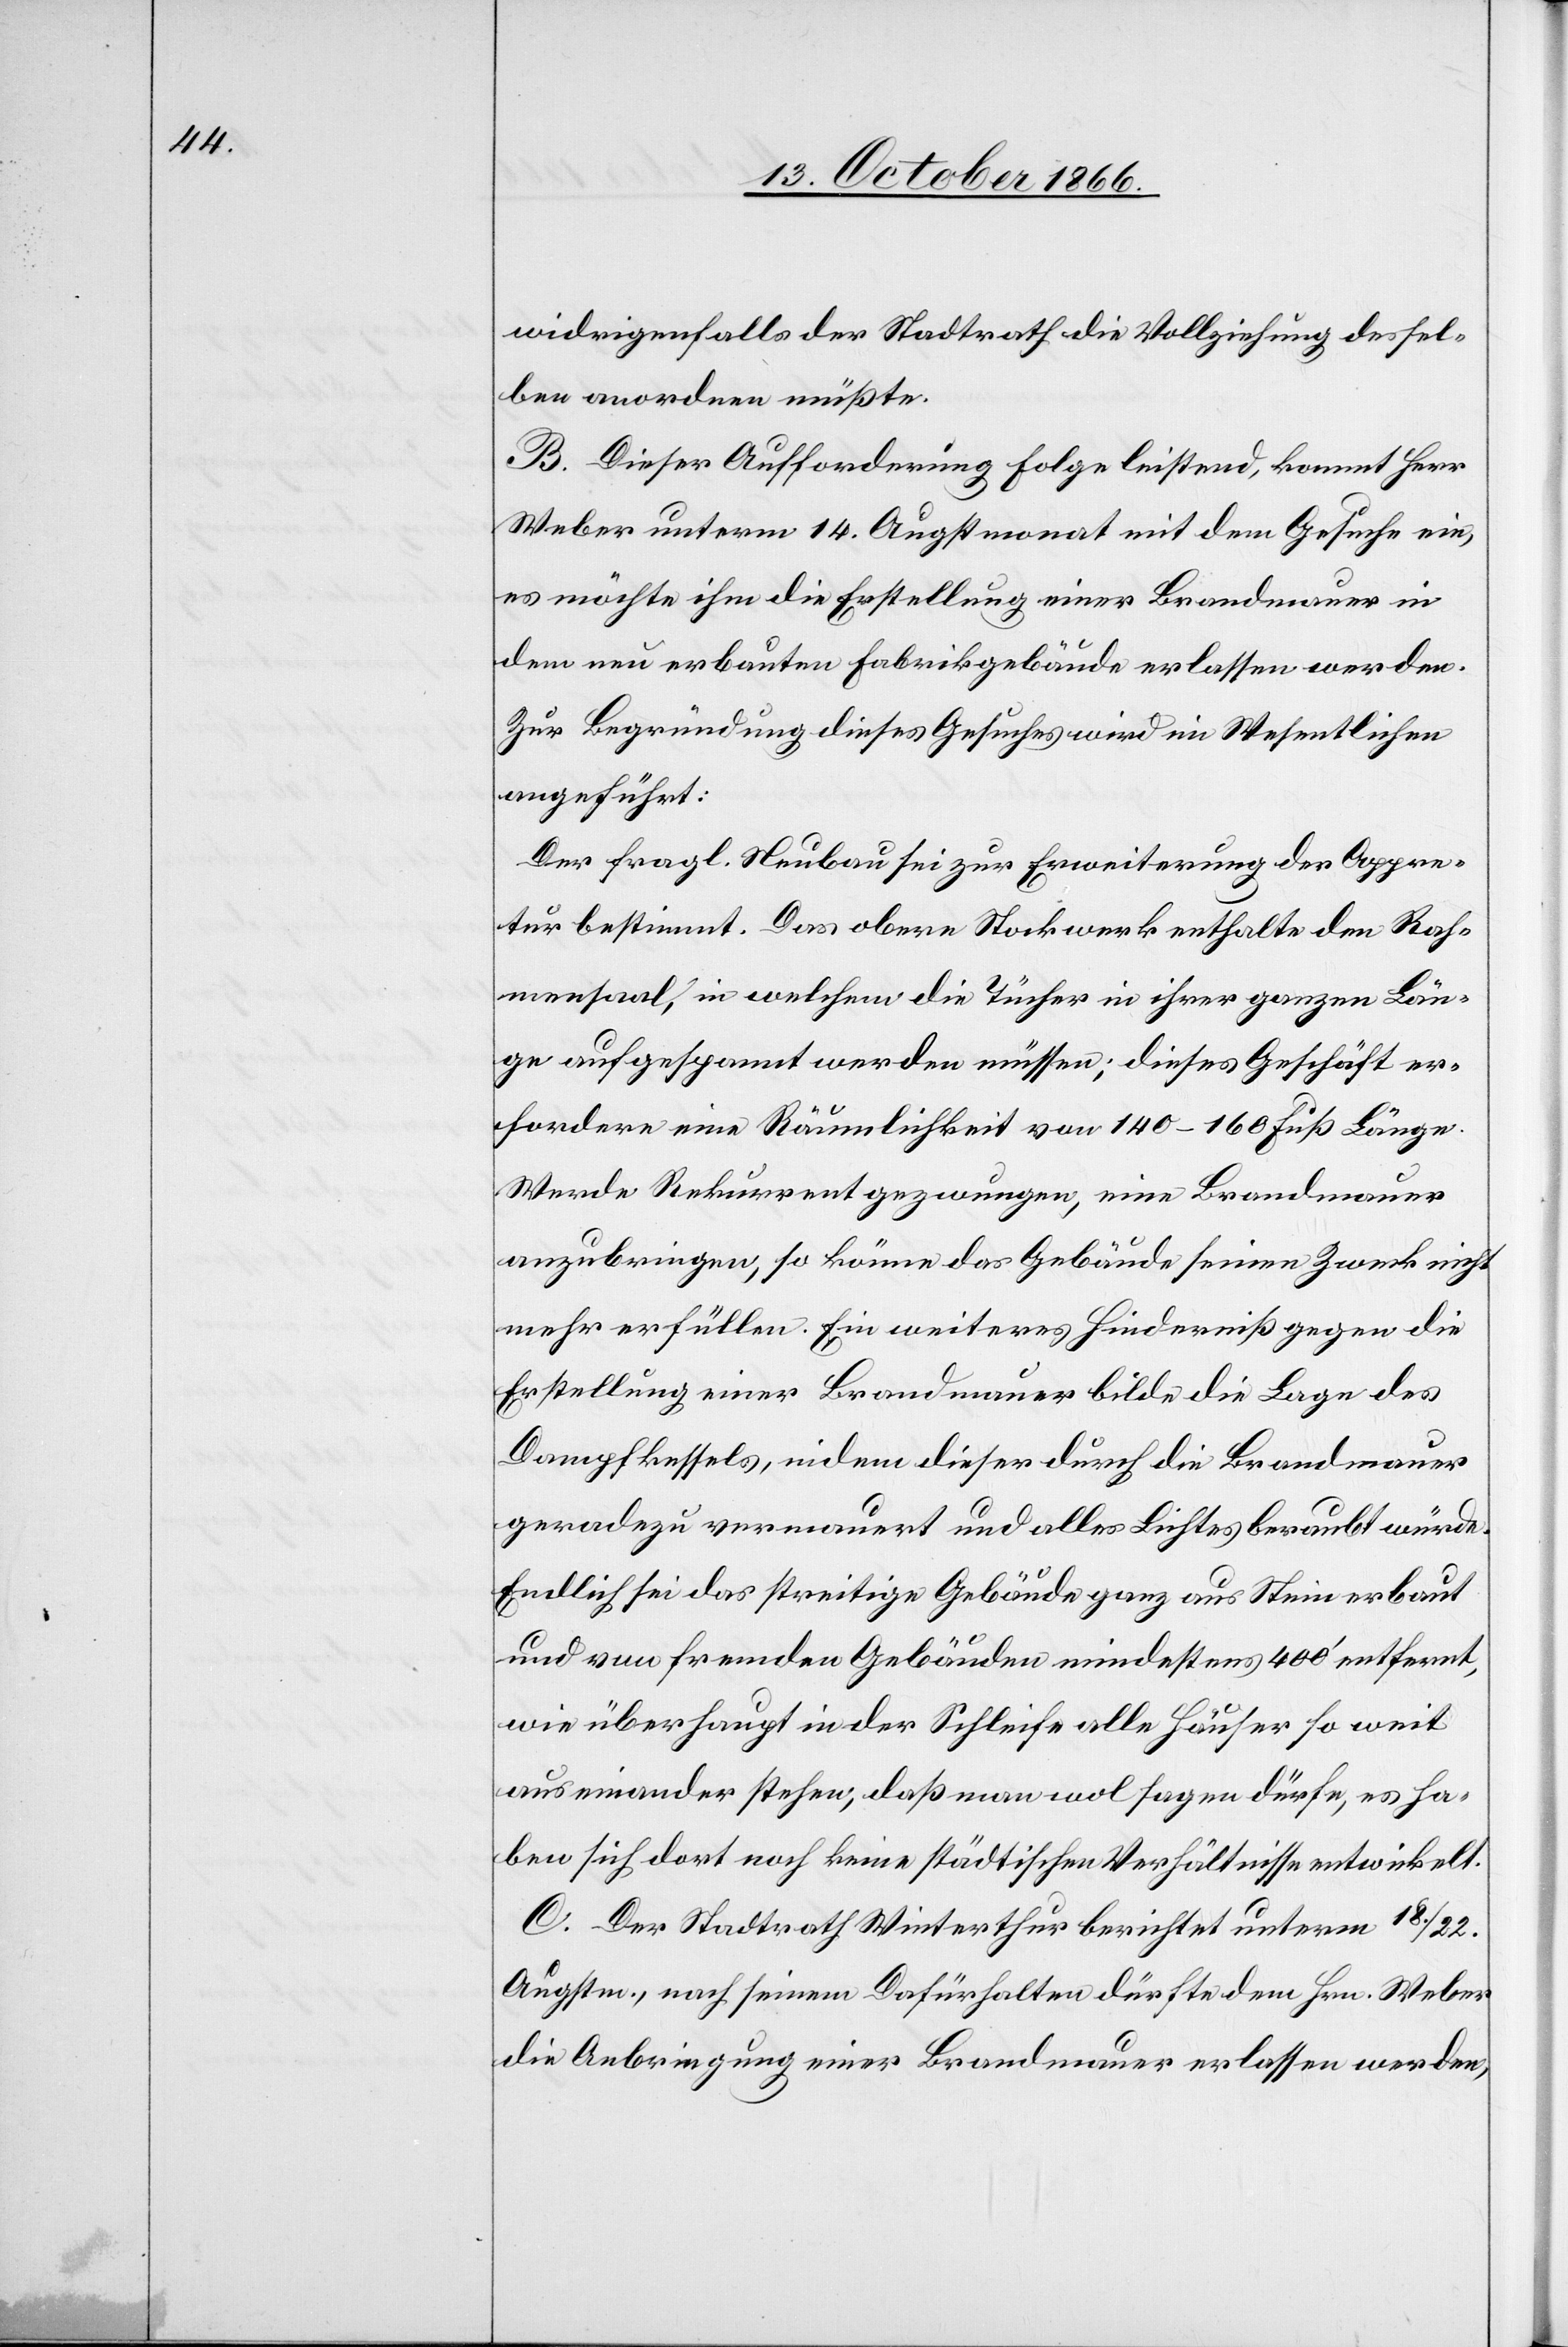
widrigenfalls der Stadtrath die Vollziehung dessel¬
ben anordnen müßte.
B. Dieser Aufforderung Folge leistend, kommt Herr
Weber unterm 14. Augstmonat mit dem Gesuche ein,
es möchte ihm die Erstellung einer Brandmauer in
dem neu erbauten Fabrikgebäude erlassen werden.
Zur Begründung dieses Gesuches wird im Wesentlichen
angeführt:
Der fragl. Neubau sei zur Erweiterung der Appre¬
tur bestimmt. Das obere Stockwerk enthalte den Rah¬
mensaal, in welchem die Tücher in ihrer ganzen Län¬
ge aufgespannt werden müssen; dieses Geschäft er¬
fordere eine Räumlichkeit von 140–160 Fuß Länge.
Werde Rekurrent gezwungen, eine Brandmauer
anzubringen, so könne das Gebäude seinen Zweck nicht
mehr erfüllen. Ein weiteres Hinderniß gegen die
Erstellung einer Brandmauer bilde die Lage des
Dampfkessels, indem dieser durch die Brandmauer
geradezu vermauert und alles Lichtes beraubt würde.
Endlich sei das streitige Gebäude ganz aus Stein erbaut
und von fremden Gebäuden mindestens 400‘ entfernt,
wie überhaupt in der Schleife alle Häuser so weit
auseinander stehen, daß man wol sagen dürfe, es ha¬
ben sich dort noch keine städtischen Verhältnisse entwickelt.
C. Der Stadtrath Winterthur berichtet unterm 18./22..A¬
ugstm., nach seinem Dafürhalten dürfte dem Hrn. Weber
die Anbringung einer Brandmauer erlassen werden,